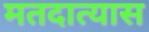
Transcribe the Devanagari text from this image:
मतदात्यास